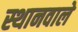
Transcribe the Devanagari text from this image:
स्थानवाले